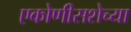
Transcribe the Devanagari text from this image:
एकोणीसशेच्या